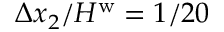
\Delta x _ { 2 } / H ^ { \mathrm { w } } = 1 / 2 0